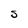
Character: S